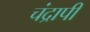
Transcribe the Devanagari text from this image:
चंद्रापी